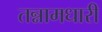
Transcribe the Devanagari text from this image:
तन्नामधारी